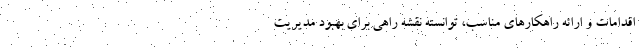
اقدامات و ارائه راهکارهای مناسب، توانسته نقشه راهی برای بهبود مدیریت